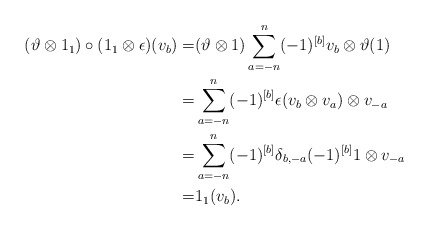
\begin{align*}(\vartheta\otimes 1_1)\circ(1_1\otimes \epsilon)(v_b)=&(\vartheta\otimes 1)\sum\limits_{a=-n}^n(-1)^{[b]}v_b\otimes \vartheta(1)\\=&\sum\limits_{a=-n}^n(-1)^{[b]}\epsilon(v_b\otimes v_{a})\otimes v_{-a}\\=&\sum\limits_{a=-n}^n(-1)^{[b]} \delta_{b,-a}(-1)^{[b]}1\otimes v_{-a}\\=&1_1(v_b).\end{align*}